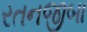
રતનજીબા